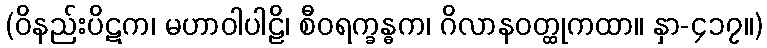
(ဝိနည်းပိဋက၊ မဟာဝါပါဠိ၊ စီဝရက္ခန္ဓက၊ ဂိလာနဝတ္ထုကထာ။ နှာ-၄၁၇။)